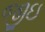
જીઇ